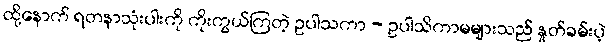
ထို့နောက် ရတနာသုံးပါးကို ကိုးကွယ်ကြတဲ့ ဥပါသကာ - ဥပါသိကာမများသည် နှုတ်ခမ်းပဲ့